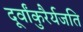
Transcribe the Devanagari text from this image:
दूर्वांकुरैर्यजति